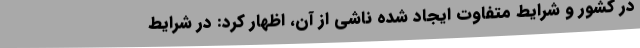
در کشور و شرایط متفاوت ایجاد شده ناشی از آن، اظهار کرد: در شرایط